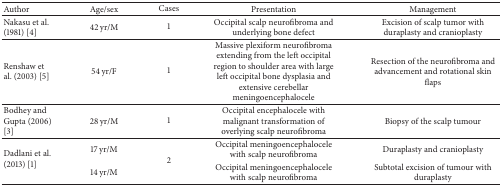
<table><thead><tr><td><b>Author</b></td><td><b>Age/sex</b></td><td><b>Cases</b></td><td><b>Presentation</b></td><td><b>Management</b></td></tr></thead><tbody><tr><td>Nakasu et al. (1981) [4]</td><td>42 yr/M</td><td>1</td><td>Occipital scalp neurofibroma and underlying bone defect</td><td>Excision of scalp tumor with duraplasty and cranioplasty</td></tr><tr><td>Renshaw et al. (2003) [5] </td><td>54 yr/F</td><td>1</td><td>Massive plexiform neurofibroma extending from the left occipital region to shoulder area with large left occipital bone dysplasia and extensive cerebellar meningoencephalocele</td><td>Resection of the neurofibroma and advancement and rotational skinflaps</td></tr><tr><td>Bodhey and Gupta (2006) [3]</td><td>28 yr/M</td><td>1</td><td>Occipital encephalocele with malignant transformation of overlying scalp neurofibroma</td><td>Biopsy of the scalp tumour</td></tr><tr><td rowspan="2">Dadlani et al. (2013) [1]</td><td>17 yr/M</td><td rowspan="2">2</td><td>Occipital meningoencephalocele with scalp neurofibroma</td><td>Duraplasty and cranioplasty</td></tr><tr><td>14 yr/M</td><td>Occipital meningoencephalocele with scalp neurofibroma</td><td>Subtotal excision of tumour with duraplasty</td></tr></tbody></table>